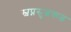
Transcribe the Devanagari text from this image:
स्वप्नसुत्वकत्व